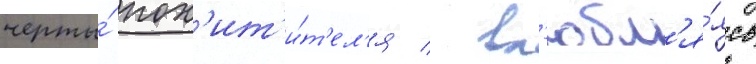
черты́ пох'ит'и́т'ел'я / вл'юбл'я́ясь